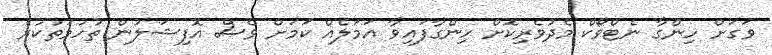
ވަގަށް ހިންގާ ނެޓްވޯކް މެދުވެރިކޮށް ހިންގާފައިވާ އަމަލެއް ކަމަށް ވެސް އޮފިޝަލުން ތުހުމަތުކުރެ